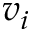
v _ { i }